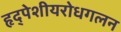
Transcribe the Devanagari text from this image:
हृद्‌पेशीयरोधगलन